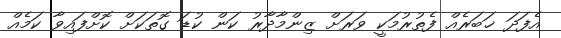
އެފަދަ ޚަބަރެއް ފެތުރުމަކީ ވަރަށް ޒިންމާދާރު ކަން ކުޑަ ގޮތަކަށް ކޮށްފައިވާ ކަމެއް